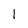
Character: l